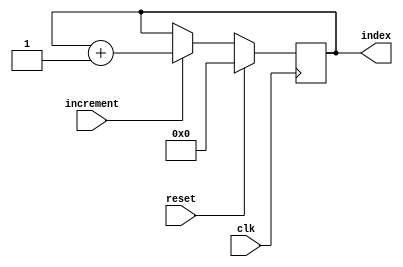

module index_reg (increment, clk, reset, index);

	parameter size = 8;	

	input increment, clk, reset;
	output reg [size - 1 : 0] index;	

	always @ (posedge clk) begin
		if(reset) index <= 0;
		else if (increment) index <= index + 1;		
		else index <= index;
	end

endmodule